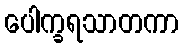
ပေါက္ခရသာတကာ